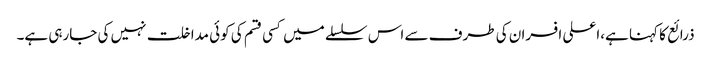
ذرائع کا کہنا ہے،اعلی افسران کی طرف سے اس سلسلے میں کسی قسم کی کوئی مداخلت نہیں کی جارہی ہے۔